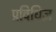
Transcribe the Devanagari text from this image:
प्रविधिज्ञ